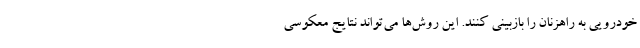
خودرویی به راهزنان را بازبینی کنند. این روش‌ها می‌تواند نتایج معکوسی